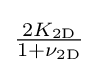
{\tfrac {2K_{\mathrm {2D} }}{1+\nu _{\mathrm {2D} }}}